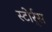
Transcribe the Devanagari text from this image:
स्टोर्र्स